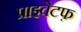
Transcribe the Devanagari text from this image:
प्राइवेटफ़